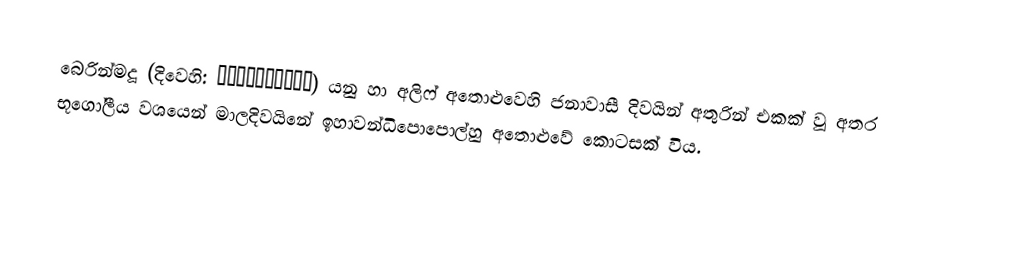
බෙරින්මදූ (දිවෙහි: ބެރިންމަދޫ) යනු  හා අලිෆ් අතොළුවෙහි ජනාවාසී දිවයින් අතුරින් එකක් වූ අතර භූගෝලීය වශයෙන්  මාලදිවයිනේ ඉහාවන්ධිපොපොල්හු අතොළුවේ කොටසක් විය.